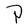
Character: P